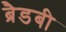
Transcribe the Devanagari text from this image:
ब्रैडबी